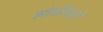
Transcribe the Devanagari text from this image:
झोळीवाले